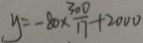
y = - 8 0 \times \frac { 3 0 0 } { 1 7 } + 2 0 0 0